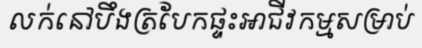
លក់នៅបឹងត្របែកផ្ទះអាជីវកម្មសម្រាប់